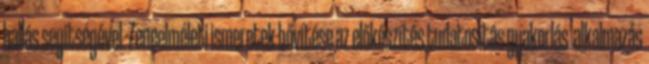
hallás segítségével. Zeneelméleti ismeretek bővítése az előkészítés tudatosítás gyakorlás alkalmazás